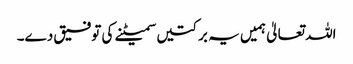
اللہ تعالیٰ ہمیں یہ برکتیں سمیٹنے کی توفیق دے۔